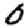
Digit: 0